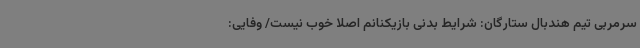
سرمربی تیم هندبال ستارگان: شرایط بدنی بازیکنانم اصلا خوب نیست/ وفایی: